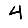
Digit: 4